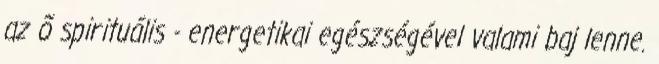
az õ spirituális - energetikai egészségével valami baj lenne.